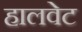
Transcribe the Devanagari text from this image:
हालवेट